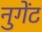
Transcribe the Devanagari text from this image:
नुगेंट